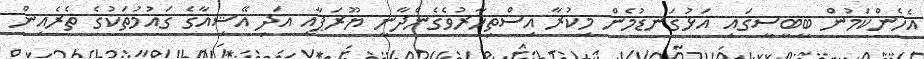
އެހެންކަމުން ބީބީސީގައި އަޅުގަނޑުމެން މިކުރާ އިސްތިހާރުވެގެންދާނީ ޔޫރަޕާއި އަދި އޭޝިއާގެ ގައުމުތަކުގެ ތެރެއިން